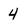
Character: 4